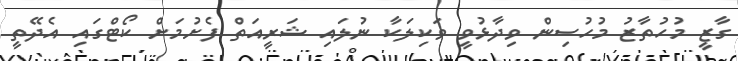
ގާޒީ މުހުތާޒު މުހުސިން ވިދާޅުވީ ވަކިލަކާ ނުލައި ޝަރީއަތް ފެށުމަށް ކޯޓްގައި އެދޭތީ